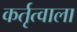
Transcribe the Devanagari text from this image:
कर्तृत्वाला